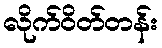
လိုက်ဝိတ်တန်း